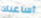
أساعدك